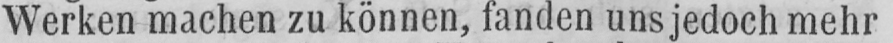
Werken machen zu können, fanden uns jedoch mehr